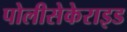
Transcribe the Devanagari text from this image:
पोलीसेकेराइड